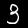
Digit: 3